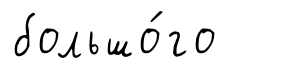
большо́го